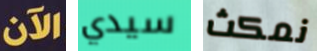
الآن سيدي نمكث